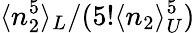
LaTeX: \langle n_{2}^{5}\rangle_{L}/(5!\langle n_{2}\rangle_{U}^{5})